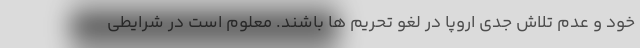
خود و عدم تلاش جدی اروپا در لغو تحریم ها باشند. معلوم است در شرایطی